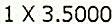
1 X 3.5000